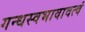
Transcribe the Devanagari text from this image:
गन्धस्वभावावत्वं